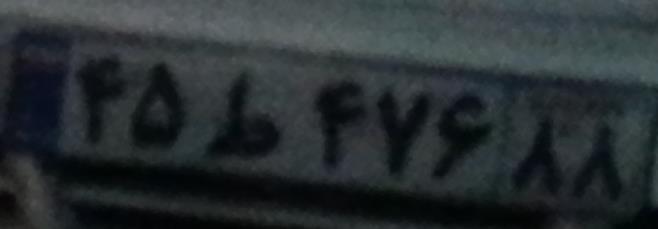
۴۵ط۴۷۶۸۸